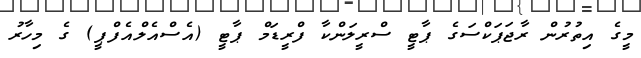
މީގެ އިތުރުން ރާޖަޕަކްސަގެ ޕާޓީ ސްރީލަންކާ ފްރީޑަމް ޕާޓީ (އެސްއެލްއެފްޕީ) ގެ މިހާރު